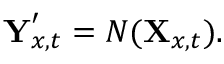
\textbf Y _ { x , t } ^ { \prime } = N ( \textbf X _ { x , t } ) .